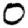
Digit: 0